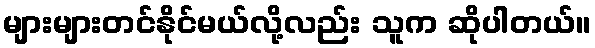
များများတင်နိုင်မယ်လို့လည်း သူက ဆိုပါတယ်။